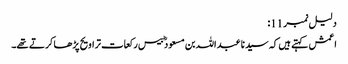
دلیل نمبر 11:
اعمش کہتے ہیں کہ سید نا عبد اللہ بن مسعود ؓ بیس رکعات تراویح پڑھا کرتے تھے۔